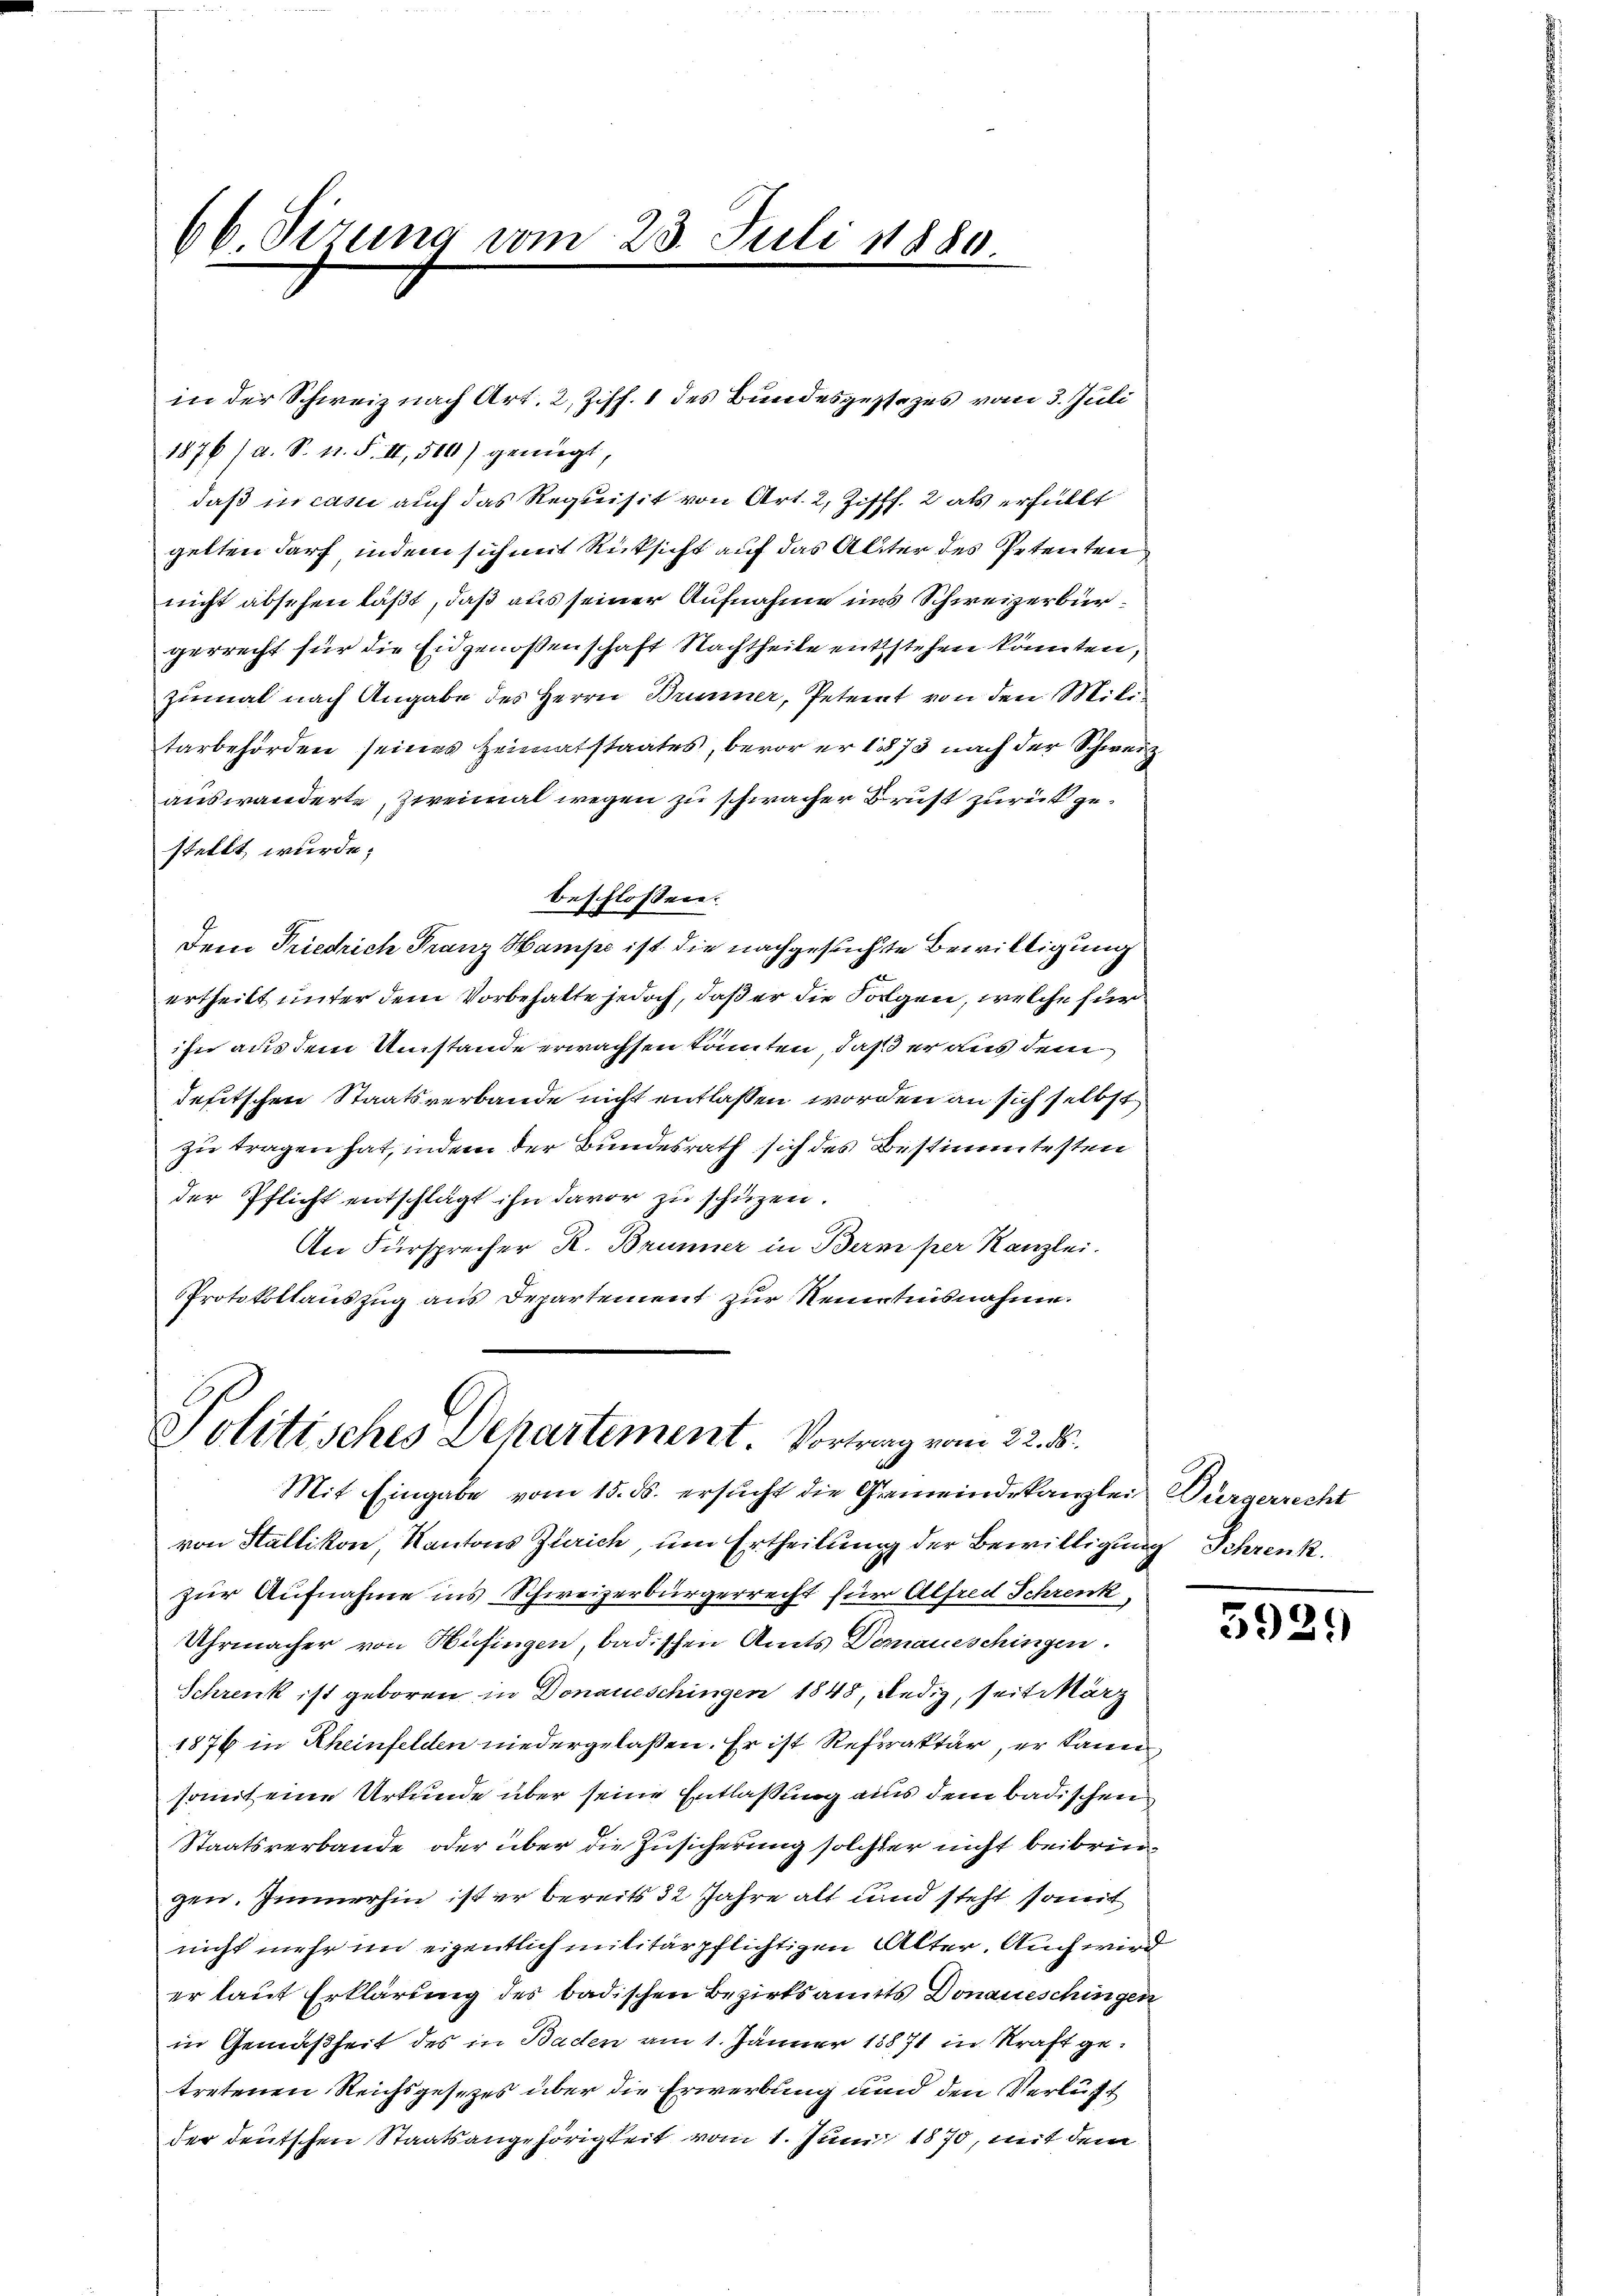
66 Sirung vom 23. Juli 1880.

in der Schweiz nach Art. 2, Ziff. 1 des Bundesgestezes vom 3. Juli

Politisches Dehartement. Vortrag vom 22. d.

Mit Eingabe vom 15. ds. ersucht die Gemeindskanzlei Bürgerrecht
von Stallikon, Kantons Zürich, um Ertheilung der Bewilligung Schrenk.
zur Aufnahme ins Schweizerbürgerrecht für Alfred Schrenk,
Uhrmacher von Hüfingen, badischen Amts Demnaueschingen.
Schrenk ist geboren in Donaueschingen 1848, Redig, seit März
1876 in Rheinfelden niedergelassen. Er ist Refraktär, er kann
somit eine Urkunde über seine Entlaßung aus dem badischen
Staatsverbande oder über die Zusicherung solcher nicht beibringen. Immerhin ist er bereits 32 Jahre alt und steht somit
nicht mehr im eigentlich militärpflichtigen Alter. Auch wird
er laut Erklärung des badischen Bezirksamts Donaueschingen
in Gemäßheit des in Baden am 1. Jänner 18871 in Kraft getretenen Reichsgesetzes über die Erwerbung und den Verlust
der deutschen Staatsangehörigkeit vom 1. Juni 1870, mit dem

1876/A. S. 11. F. II, 500) genügt,
daß in casi auch das Requisit von Art. 2, Ziff. 2 als erfüllt
gelten darf, indem sich mit Rücksicht auf das Alter des Petenten
nicht absehen läßt, daß aus seiner Aufnahme uns Schweizerbürgerrecht für die Eidgenoßenschaft Nachtheile entstehen könnten,
zumal nach Angabe des Herrn Brunner, Petent von den Militarbehörden seines Heimatstaates, bevor er 1873 nach der Schweiz
auswanderte, zweimal wegen zu schwacher Brust zurück gestellt wurde;
beschlossen:
Dem Friedrich Franz Hampe ist die nachgesuchte Bewilligung
ertheilt unter dem Vorbehalte jedoch, daß er die Folgen, welche für
ihn aus dem Umstände erwachsen könnten, daß er aus dem
defitschen Staatsverbande nicht entlassen worden an sich selbst
zu tragen hat, indem der Bundesrath sich des Bestimmtesten
der Pflicht entschlägt ihn davor zu schüzen.
An Fürsprecher R. Brunner in Bern per Kanzlei.
Protokollauszug aus Departement zur Kenntnisnahme.

5929